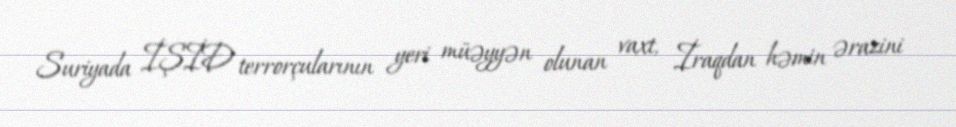
Suriyada İŞİD terrorçularının yeri müəyyən olunan vaxt, İraqdan həmin ərazini